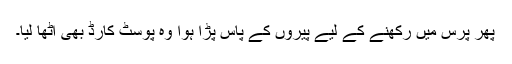
پھر پرس میں رکھنے کے لیے پیروں کے پاس پڑا ہوا وہ پوسٹ کارڈ بھی اٹھا لیا۔